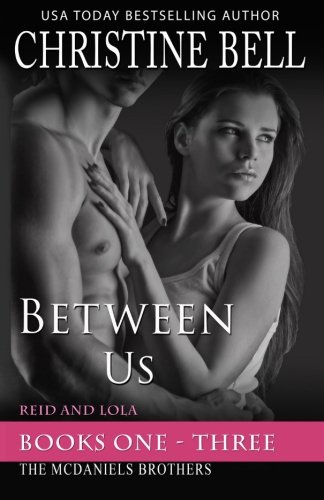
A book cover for Between Us, 1-3, The Complete Collection: Reid and Lola's Story (McDaniels Brothers); Christine Bell; Romance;